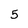
Character: 5